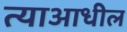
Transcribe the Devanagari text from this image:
त्याआधील